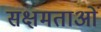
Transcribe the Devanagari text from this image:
सक्षमताओं